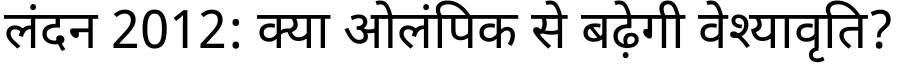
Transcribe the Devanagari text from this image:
लंदन 2012: क्या ओलंपिक से बढ़ेगी वेश्यावृति?